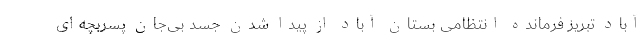
آباد تبریز فرمانده انتظامی بستان آباد از پیدا شدن جسد بی‌جان پسربچه‌ای